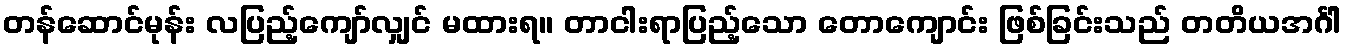
တန်ဆောင်မုန်း လပြည့်ကျော်လျှင် မထားရ။ တာငါးရာပြည့်သော တောကျောင်း ဖြစ်ခြင်းသည် တတိယအင်္ဂါ